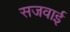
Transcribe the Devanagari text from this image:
सजवाई